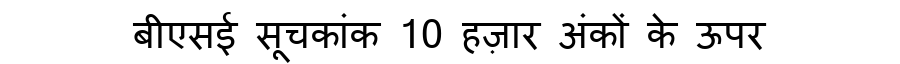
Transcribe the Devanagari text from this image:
बीएसई सूचकांक 10 हज़ार अंकों के ऊपर